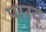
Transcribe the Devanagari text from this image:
पारद्